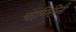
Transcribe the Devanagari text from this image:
चंद्रगिरींनी